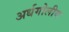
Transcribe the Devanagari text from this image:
अर्धगोलीय